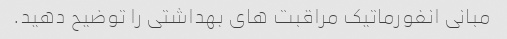
مبانی انفورماتیک مراقبت های بهداشتی را توضیح دهید.